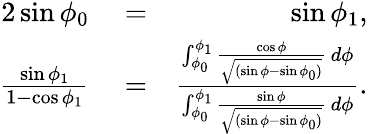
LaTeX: \begin{array}{rlr}{2\sin\phi_{0}}&{{}=}&{\sin\phi_{1},}\\ {\frac{\sin\phi_{1}}{1-\cos\phi_{1}}}&{{}=}&{\frac{\int_{\phi_{0}}^{\phi_{1}}\frac{\cos\phi}{\sqrt{(\sin\phi-\sin\phi_{0})}}\, d\phi}{\int_{\phi_{0}}^{\phi_{1}}\frac{\sin\phi}{\sqrt{(\sin\phi-\sin\phi_{0})}}\, d\phi}.}\end{array}